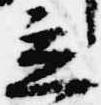
立